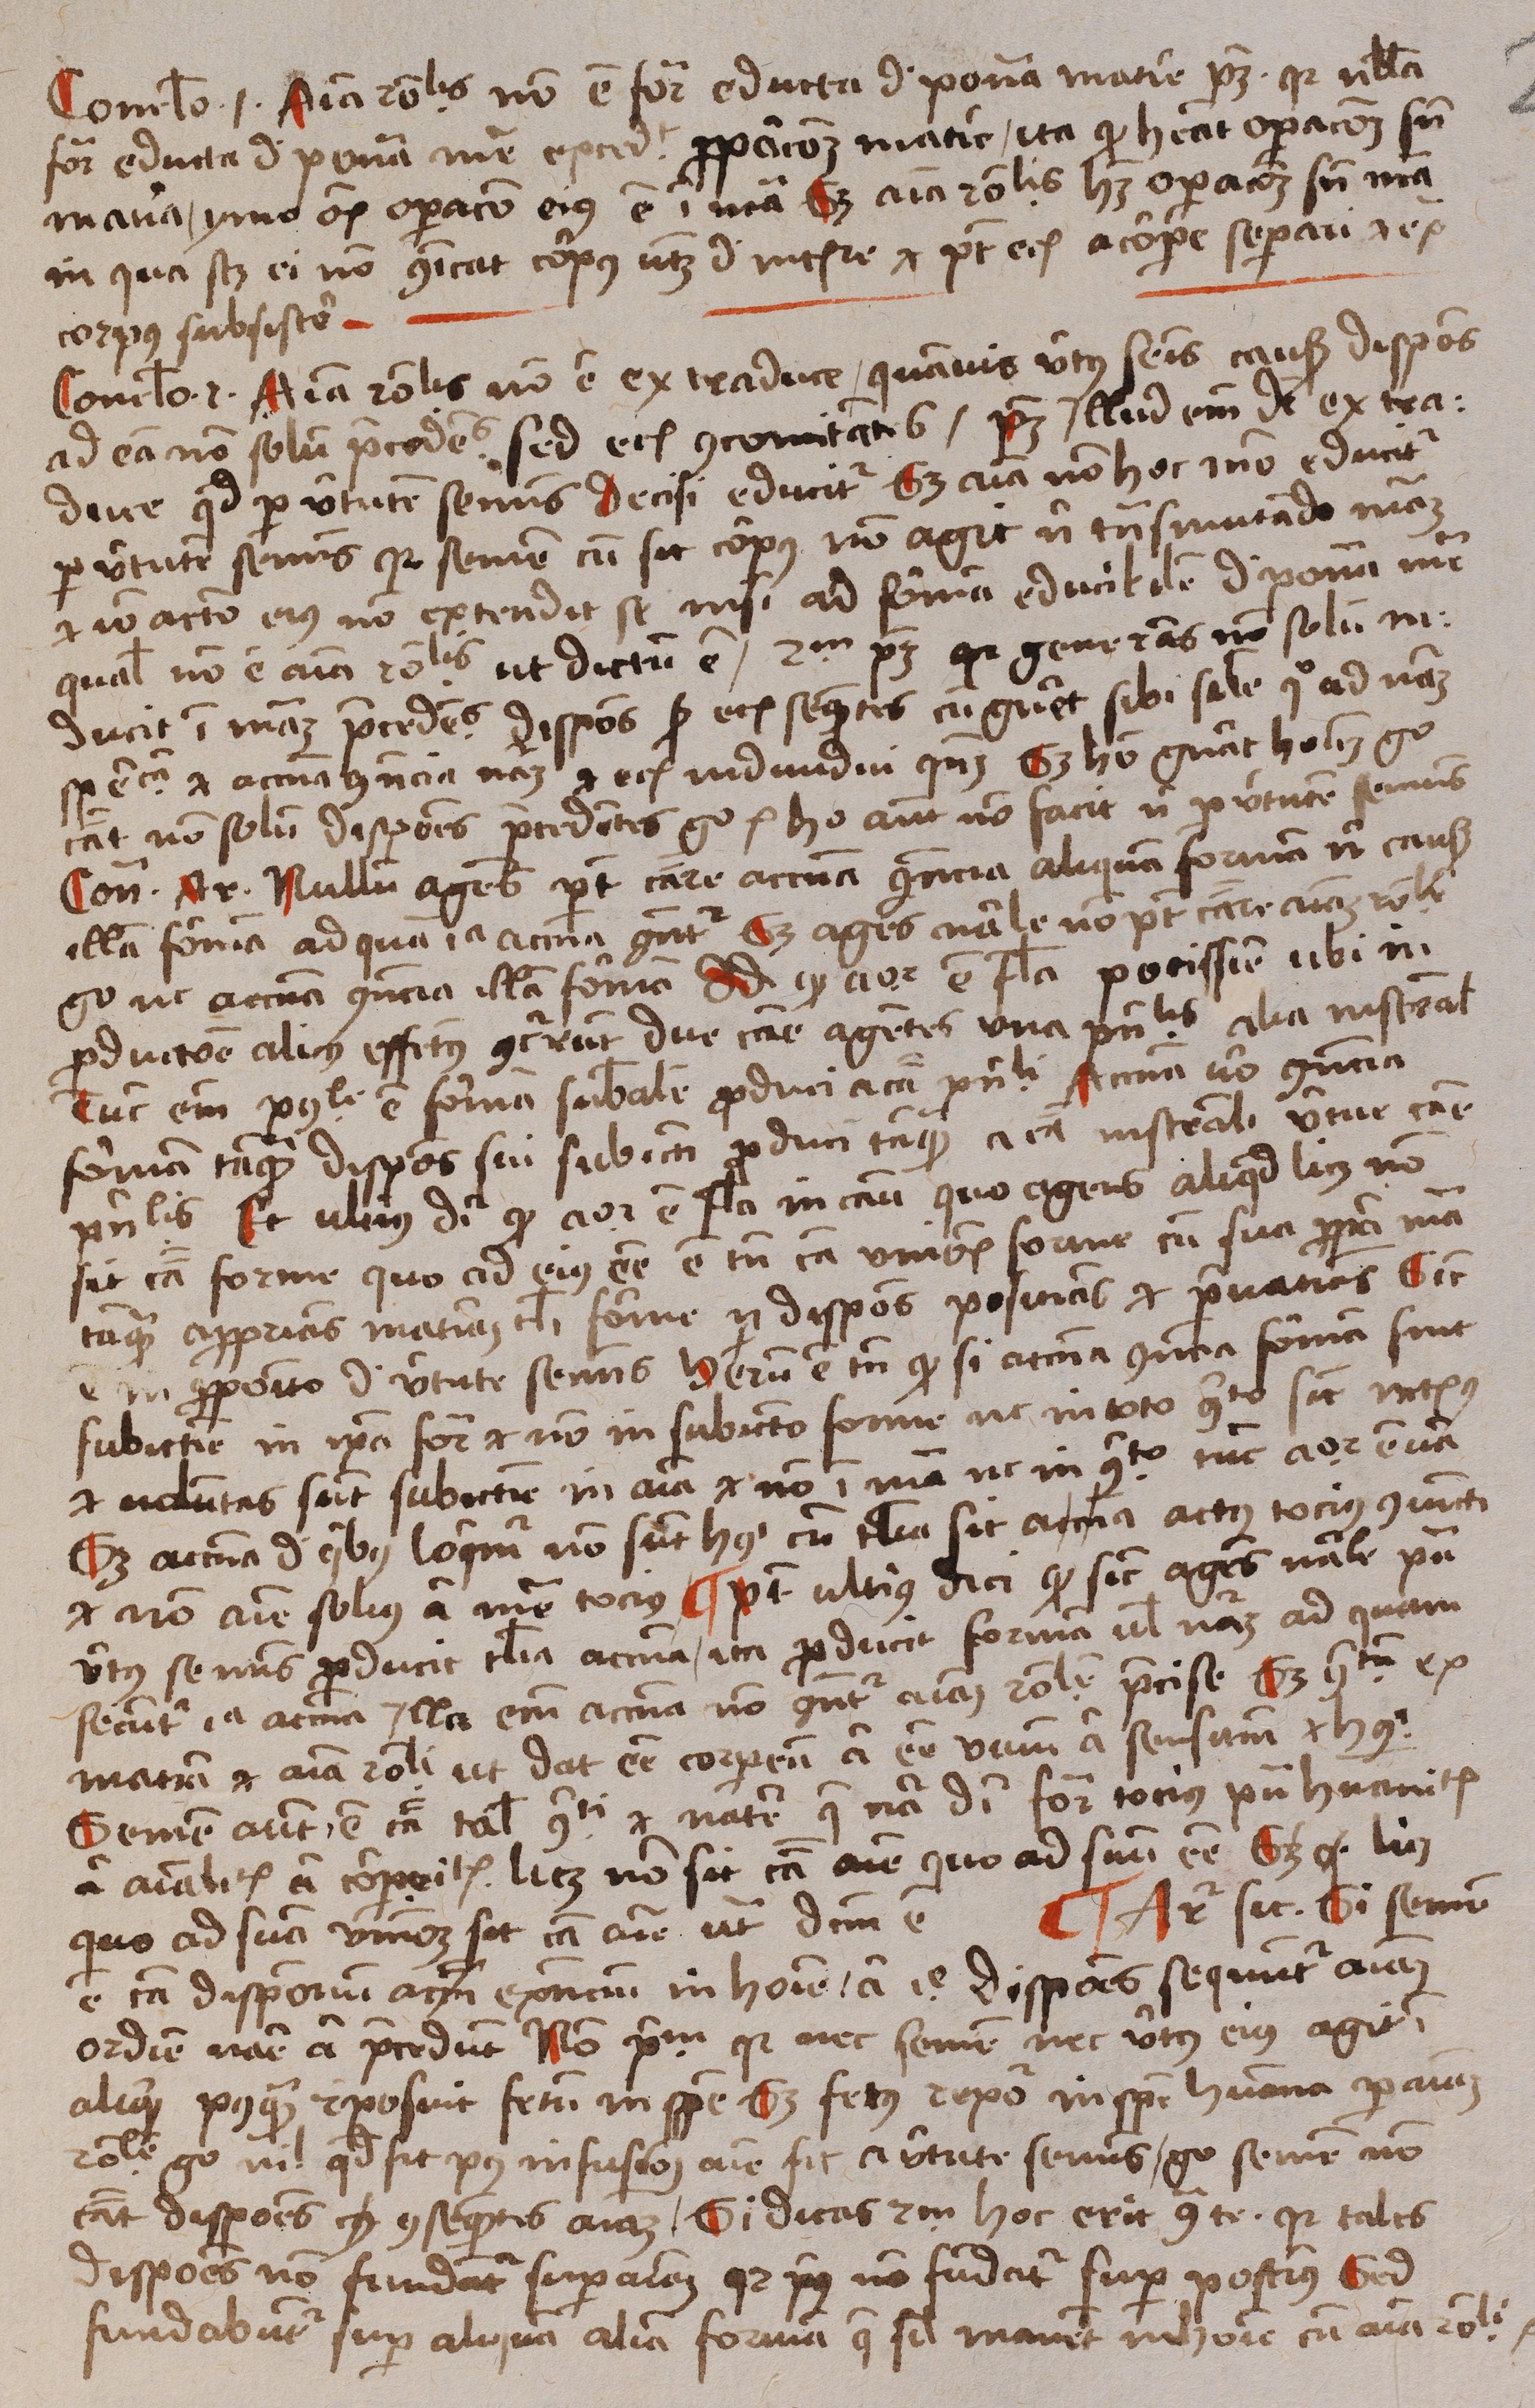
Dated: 1488–1488